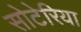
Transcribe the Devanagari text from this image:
सोटेरिया